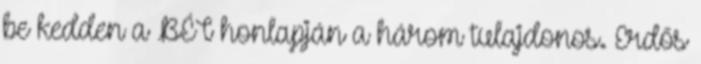
be kedden a BÉT honlapján a három tulajdonos. Erdős